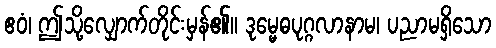
ဧဝံ၊ ဤသို့လျှောက်တိုင်းမှန်၏။ ဒုမ္မေဓပုဂ္ဂလာနာမ၊ ပညာမရှိသော